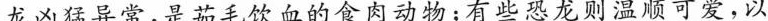
龙凶猛异常，是茹毛饮血的食肉动物；有些恐龙则温顺可爱，以